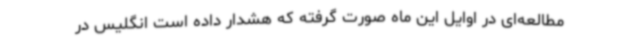
مطالعه‌ای در اوایل این ماه صورت گرفته که هشدار داده است انگلیس در